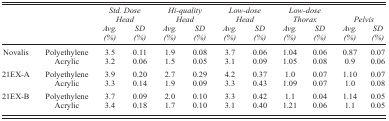
| <ROWSPAN=2>  | <ROWSPAN=2>  | <COLSPAN=2> Std. Dose Head | <COLSPAN=2> Hi‐quality Head | <COLSPAN=2> Low‐dose Head | <COLSPAN=2> Low‐dose Thorax | <COLSPAN=2> Pelvis |
 | Avg. (%) | SD (%) | Avg. (%) | SD (%) | Avg. (%) | SD (%) | Avg. (%) | SD (%) | Avg. (%) | SD (%) |
 | --- | --- | --- | --- | --- | --- | --- | --- | --- | --- | --- | --- |
 | <ROWSPAN=2> Novalis | Polyethylene | 3.5 | 0.11 | 1.9 | 0.08 | 3.7 | 0.06 | 1.04 | 0.06 | 0.87 | 0.07 |
 | Acrylic | 3.2 | 0.06 | 1.5 | 0.05 | 3.1 | 0.09 | 1.05 | 0.08 | 0.9 | 0.06 |
 | <ROWSPAN=2> 21EX‐A | Polyethylene | 3.9 | 0.20 | 2.7 | 0.29 | 4.2 | 0.37 | 1.0 | 0.07 | 1.10 | 0.07 |
 | Acrylic | 3.3 | 0.14 | 1.9 | 0.09 | 3.3 | 0.43 | 1.09 | 0.07 | 1.0 | 0.08 |
 | <ROWSPAN=2> 21EX‐B | Polyethylene | 3.7 | 0.09 | 2.0 | 0.10 | 3.3 | 0.42 | 1.1 | 0.04 | 1.14 | 0.05 |
 | Acrylic | 3.4 | 0.18 | 1.7 | 0.10 | 3.1 | 0.40 | 1.21 | 0.06 | 1.1 | 0.05 |